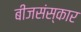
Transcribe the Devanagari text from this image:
बीजसंस्कार